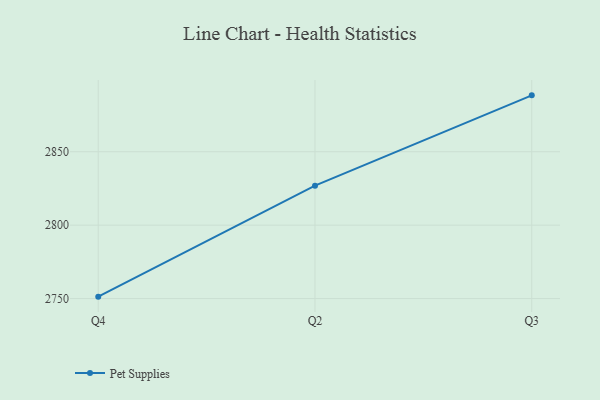
{"axis": {"x": "Quarter", "y": "Budget (USD K)"}, "legend": ["Pet Supplies"], "data": [{"x": "Q4", "y": 2751.3, "type": "Pet Supplies"}, {"x": "Q2", "y": 2826.9, "type": "Pet Supplies"}, {"x": "Q3", "y": 2888.4, "type": "Pet Supplies"}]}